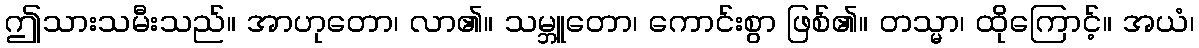
ဤသားသမီးသည်။ အာဟုတော၊ လာ၏။ သမ္ဘူတော၊ ကောင်းစွာ ဖြစ်၏။ တသ္မာ၊ ထိုကြောင့်။ အယံ၊